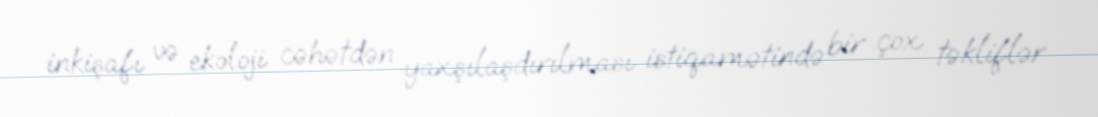
inkişafı və ekoloji cəhətdən yaxşılaşdırılması istiqamətində bir çox təkliflər